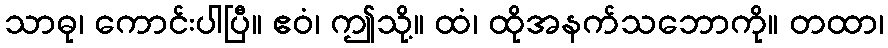
သာဓု၊ ကောင်းပါပြီ။ ဧဝံ၊ ဤသို့။ ထံ၊ ထိုအနက်သဘောကို။ တထာ၊